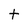
Character: t